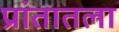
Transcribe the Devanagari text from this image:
प्रांतातला